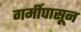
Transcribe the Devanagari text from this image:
गर्मीपासून